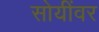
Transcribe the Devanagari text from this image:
सोयींवर